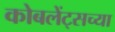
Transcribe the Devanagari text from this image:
कोबलेंट्सच्या